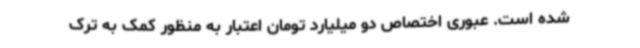
شده است. عبوری اختصاص دو میلیارد تومان اعتبار به منظور کمک به ترک